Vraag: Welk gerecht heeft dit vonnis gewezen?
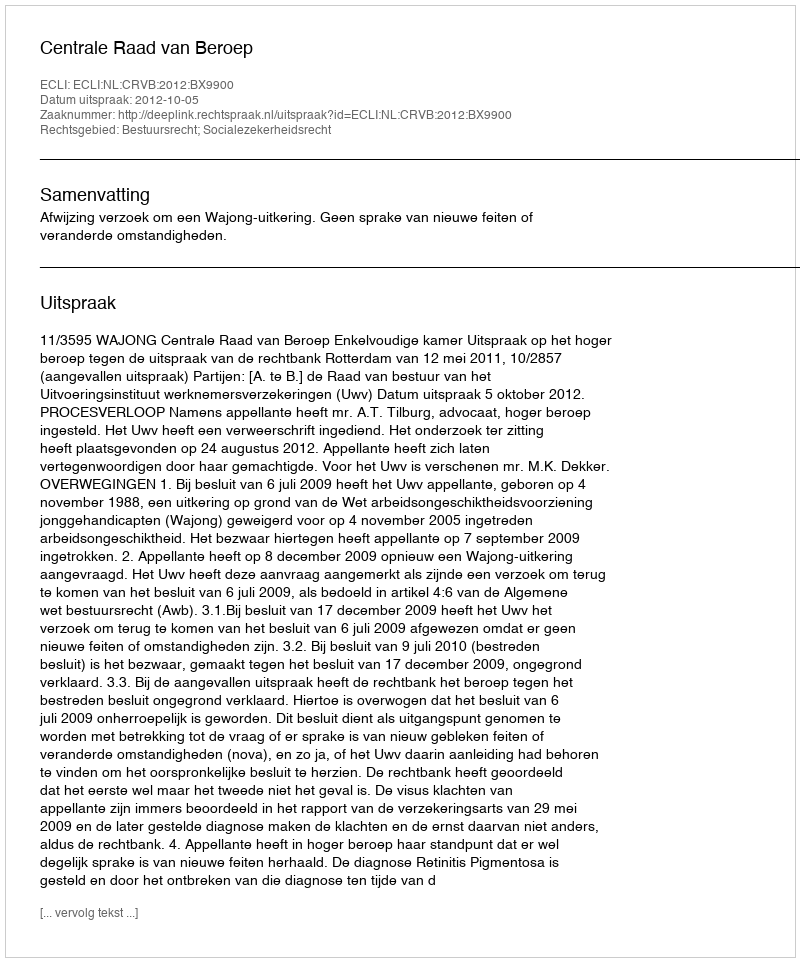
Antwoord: Centrale Raad van Beroep